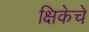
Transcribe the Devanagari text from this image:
क्षिकेचे